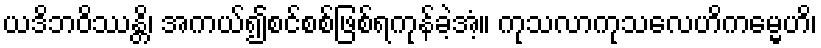
ယဒိဘဝိဿန္တိ၊ အကယ်၍စင်စစ်ဖြစ်ရကုန်ခဲ့အံ့။ ကုသလာကုသလေဟိကမ္မေဟိ၊